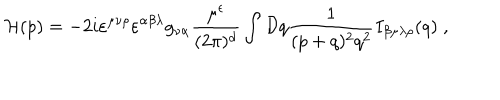
LaTeX: { \cal H } ( p ) = - 2 i \varepsilon ^ { \mu \nu \rho } \varepsilon ^ { \alpha \beta \lambda } g _ { \nu \alpha } \frac { \mu ^ { \epsilon } } { ( 2 \pi ) ^ { d } } \int { \cal D } q \frac { 1 } { ( p + q ) ^ { 2 } q ^ { 2 } } I _ { \beta \mu \lambda \rho } ( q ) \; ,